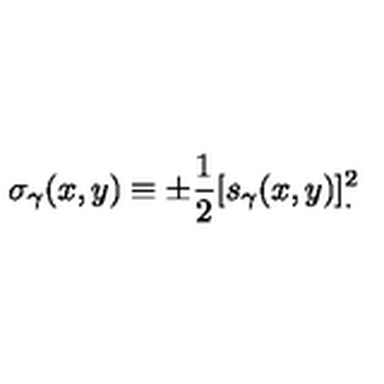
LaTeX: \sigma _ { \gamma } ( x , y ) \equiv \pm { \frac { 1 } { 2 } } [ s _ { \gamma } ( x , y ) ] _ { . } ^ { 2 }